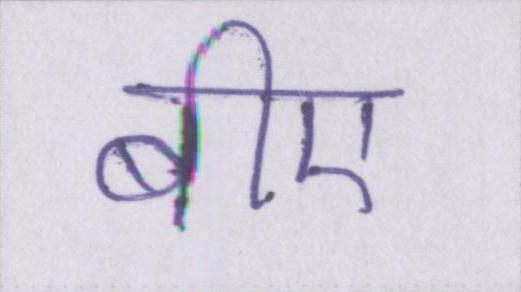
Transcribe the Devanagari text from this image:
बीए